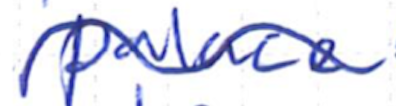
Text: palace
Cross-out: mix
Writing tool: ballpoint